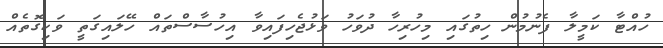
ހުއްޓާ ކަމީލާ ފެނުމުން ހިތުގައި މިހުރިހާ ދުވަހު ވަޅުޖެހިފައިވާ އިހުސާސްތައް ހޭލައިގަތީ ވަކިގޮތެއް